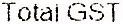
TOTAL GST